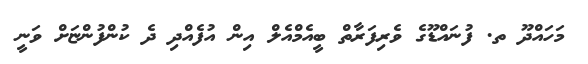
މަހައްދޫ ތ. ފުނައްޑޫގެ ވެރިފަރާތް ބީއެމްއެލް އިން އުފެއްދި ދެ ކުންފުންޏަށް ވަނީ